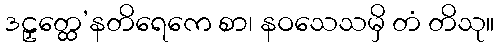
ဒဠှတ္ထေ’နတိရေကေ စာ၊ နဝသေသမှိ တံ တိသု။